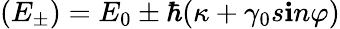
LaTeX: (E_{\pm})=E_{0}\pm\hbar(\kappa+\gamma_{0}s\mathbf{i}n\varphi)